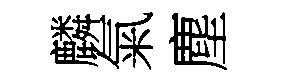
麟氣塵